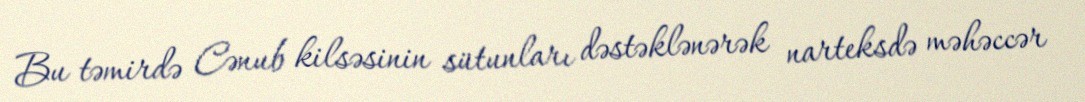
Bu təmirdə Cənub kilsəsinin sütunları dəstəklənərək narteksdə məhəccər